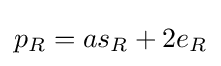
p_{R}=as_{R}+2e_{R}